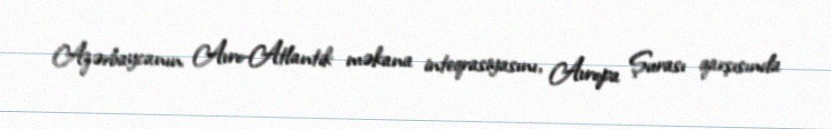
Azərbaycanın Avro-Atlantik məkana inteqrasiyasını, Avropa Şurası qarşısında